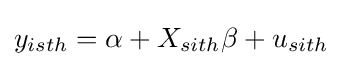
y_{isth}=\alpha +X_{sith}\beta +u_{sith}